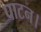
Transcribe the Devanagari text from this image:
पाटन।